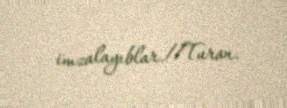
imzalayıblar.//Turan.